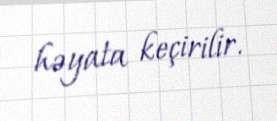
həyata keçirilir.